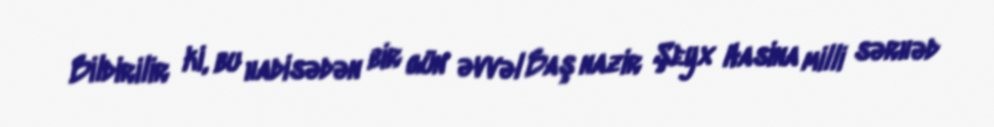
Bildirilir ki, bu hadisədən bir gün əvvəl Baş nazir Şeyx Hasina milli sərhəd